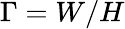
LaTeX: \Gamma=W/H